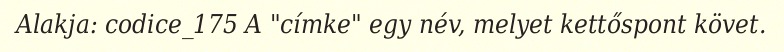
Alakja: codice_175 A "címke" egy név, melyet kettőspont követ.